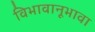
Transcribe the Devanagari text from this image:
विभावानूभावा